Indian journal of veterinary science and animal husbandry - Volumes 22-23, 1952-1953
Year: 1952
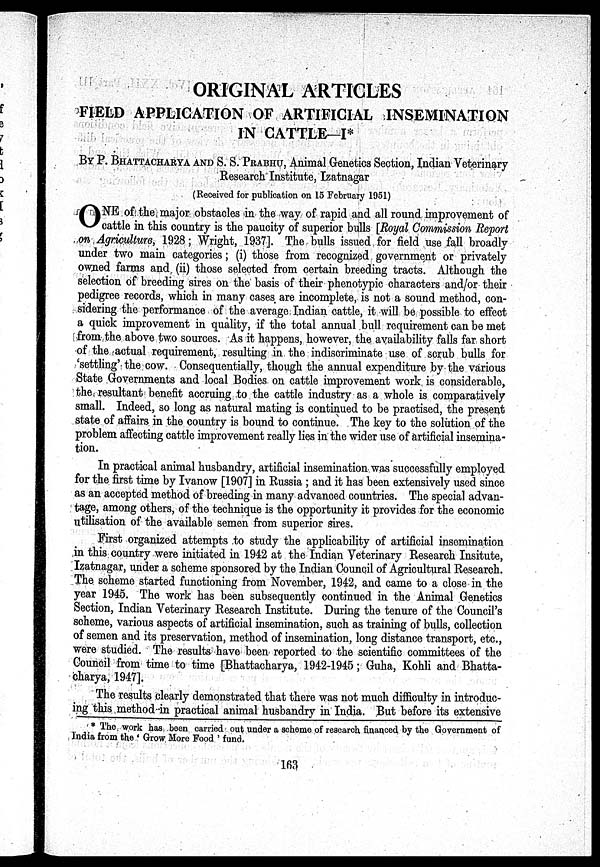
ORIGINAL ARTICLES
FIELD APPLICATION OF ARTIFICIAL INSEMINATION
IN CATTLE—I*
BY P. BHATTACHARYA AND S. S. PRABHU, Animal Genetics Section, Indian Veterinary
Research Institute, Izatnagar
(Received for publication on 15 February 1951)
ONE
of the major obstacles in the way of rapid and all round, improvement of
cattle in this country is the paucity of superior bulls [Royal Commission Report
on Agriculture, 1928; Wright, 1937]. The bulls issued for field use fall broadly
under two main categories; (i) those from recognized government or privately
owned farms and (ii) those selected from certain breeding tracts. Although the
selection of breeding sires on the basis of their phenotypic characters and/or their
pedigree records, which in many cases are incomplete, is not a sound method, con-
sidering the performance of the average. Indian cattle, it will be possible to effect
a quick improvement in quality, if the total annual bull requirement can be met
from the above two sources. As it happens, however, the availability falls far short
of the actual requirement, resulting in. the indiscriminate use of scrub bulls for
'settling' the cow. Consequentially, though the annual expenditure by the various
State Governments and local Bodies on cattle improvement work is considerable,
the resultant benefit accruing to the cattle industry as a whole is comparatively
small. Indeed, so long as natural mating is continued to be practised, the present
state of affairs in the country is bound to continue. The key to the solution of the
problem affecting cattle improvement really lies in the wider use of artificial insemina-
tion.
In practical animal husbandry, artificial insemination was successfully employed
for the first time by Ivanow [1907] in Russia; and it has been extensively used since
as an accepted method of breeding in many advanced countries. The special advan-
tage, among others, of the technique is the opportunity it provides for the economic
utilisation of the available semen from superior sires.
First organized attempts to study the applicability of artificial insemination
in this country were initiated in 1942 at the Indian Veterinary Research Insitute,
Izatnagar, under a scheme sponsored by the Indian Council of Agricultural Research.
The scheme started functioning from November, 1942, and came to a close in the
year 1945. The work has been subsequently continued in the Animal Genetics
Section, Indian Veterinary Research Institute. During the tenure of the Council's
scheme, various aspects of artificial insemination, such as training of bulls, collection
of semen and its preservation, method of insemination, long distance transport, etc.,
were studied. The results have been reported to the scientific committees of the
Council from time to time [Bhattacharya, 1942-1945; Guha, Kohli and Bhatta-
charya, 1947].
The results clearly demonstrated that there was not much difficulty in introduc-
ing this method in practical animal husbandry in India. But before its extensive
* The work has been carried out under a scheme of research financed by the Government of
India from the 'Grow More Food' fund.
163